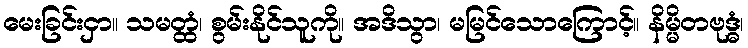
မေးခြင်းငှာ။ သမတ္ထံ၊ စွမ်းနိုင်သူကို။ အဒိသွာ၊ မမြင်သောကြောင့်။ နိမ္မိတဗုဒ္ဓံ၊